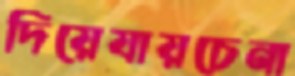
দিয়েযায়চেনা